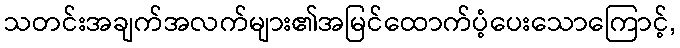
သတင်းအချက်အလက်များ၏အမြင်ထောက်ပံ့ပေးသောကြောင့်,